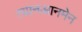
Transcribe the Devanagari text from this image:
त्यानआनमेन